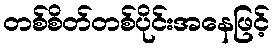
တစ်စိတ်တစ်ပိုင်းအနေဖြင့်